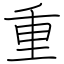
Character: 重